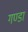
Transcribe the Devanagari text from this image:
गण्डा